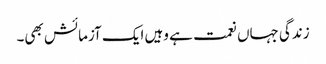
زندگی جہاں نعمت ہے وہیں ایک آزمائش بھی۔